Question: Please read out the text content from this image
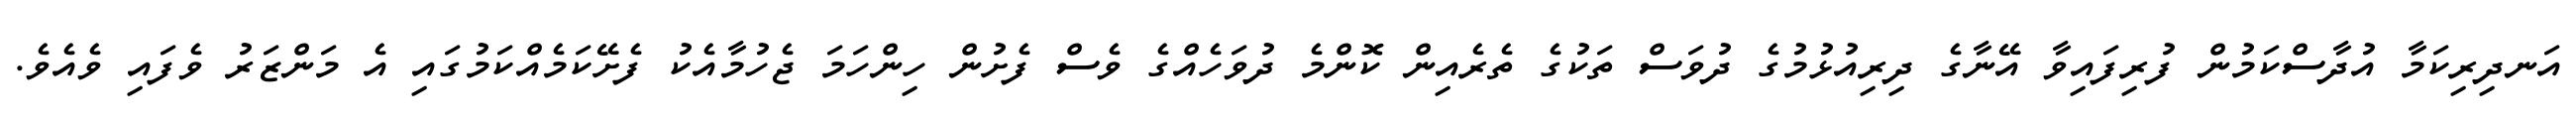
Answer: އަނދިރިކަމާ އުދާސްކަމުން ފުރިފައިވާ އޭނާގެ ދިރިއުޅުމުގެ ދުވަސް ތަކުގެ ތެރެއިން ކޮންމެ ދުވަހެއްގެ ވެސް ފެށުން ހިންހަމަ ޖެހުމާއެކު ފެށޭކަމެއްކަމުގައި އެ މަންޒަރު ވެފައި ވެއެވެ.